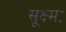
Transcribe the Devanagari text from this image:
सूक्ष्मः